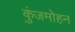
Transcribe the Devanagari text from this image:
कुंजमोहन